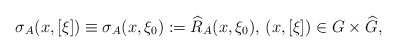
\begin{align*} \sigma_{A}(x,[\xi])\equiv \sigma_A(x,\xi_0):=\widehat{R}_{A}(x,\xi_0),\,(x,[\xi])\in G\times\widehat{G}, \end{align*}